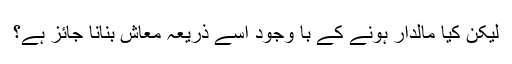
لیکن کیا مالدار ہونے کے با وجود اسے ذریعہ معاش بنانا جائز ہے؟